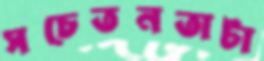
সচেতনতাটা